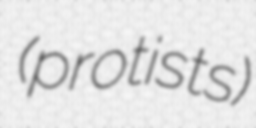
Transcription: (protists)